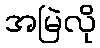
အမြဲလို